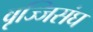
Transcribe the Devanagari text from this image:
वृज्जिसंघ